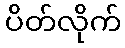
ပိတ်လိုက်